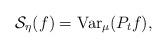
LaTeX: \begin{align*}\mathcal{S}_{\eta} (f) = \mathrm{Var}_{\mu} (P_t f), \end{align*}